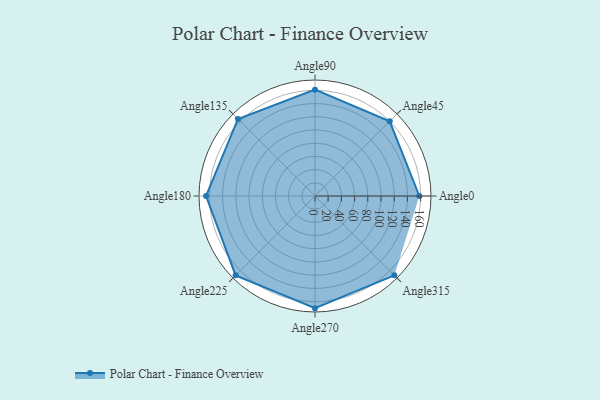
{"axis": {"x": "Angle", "y": "Radius"}, "legend": [""], "data": [{"x": "Angle0", "y": 158.0, "type": ""}, {"x": "Angle45", "y": 160.0, "type": ""}, {"x": "Angle90", "y": 161.0, "type": ""}, {"x": "Angle135", "y": 165.0, "type": ""}, {"x": "Angle180", "y": 165.0, "type": ""}, {"x": "Angle225", "y": 170, "type": ""}, {"x": "Angle270", "y": 170, "type": ""}, {"x": "Angle315", "y": 170, "type": ""}]}